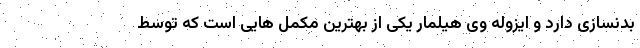
بدنسازی دارد و ایزوله وی هیلمار یکی از بهترین مکمل هایی است که توسط